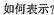
如何表示?